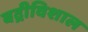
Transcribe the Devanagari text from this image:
बद्रीविशाल